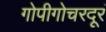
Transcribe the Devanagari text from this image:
गोपीगोचरदूरं